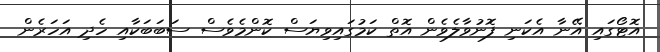
އޮޓޯގައި އޭނާ އެކަނި ފޮނުވާލެވެން އޮތް ކަމުގައިވިޔަސް ކޮންމެވެސް ސަބަބަކާއި ހެދި އަހަރެން